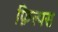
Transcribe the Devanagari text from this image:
फ़िल्पस